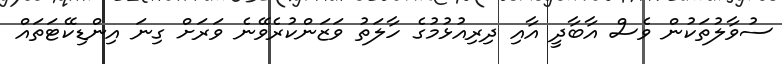
ސުވާލުތަކުން ވެސް އާބާދީ އާއި ދިރިއުޅުމުގެ ހާލަތު ވަޒަންކުރެވޭނެ ވަރަށް ގިނަ އިންޑިކޭޓަތައް